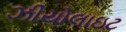
ઝીયોલાઇટ